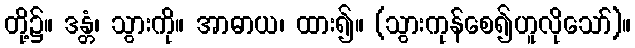
တို့၌။ ဒန္တံ၊ သွားကို။ အာဓာယ၊ ထား၍။ (သွားကုန်စေ၍ဟူလိုသော်)။